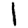
Digit: 1